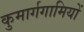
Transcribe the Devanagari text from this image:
कुमार्गगामियों